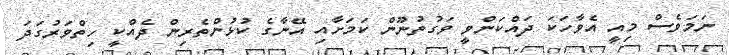
ނަމަވެސް މިއީ އެވާހަކަ ދައްކަންވީ ވަގުތުނޫން ކަމަށާއި އޭނާގެ ކުޅުންތެރިން ދެއްކީ ހިތްވަރުގަދަ